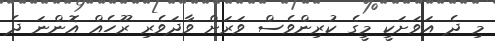
މި ދެ އަވަށަކީ މީގެ ކުރިންވެސް ވަރަށް ވާދަވެރި ރޫހެއް އޮންނަ ދެ